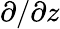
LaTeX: \partial/\partial z